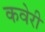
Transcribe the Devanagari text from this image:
कवेरी